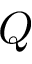
Q